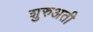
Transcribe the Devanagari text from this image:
शुरुअती